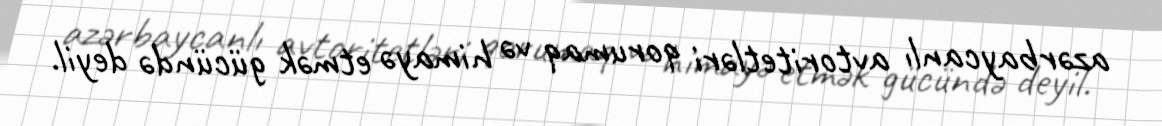
azərbaycanlı avtoritetləri qorumaq və himayə etmək gücündə deyil.